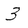
Character: 3